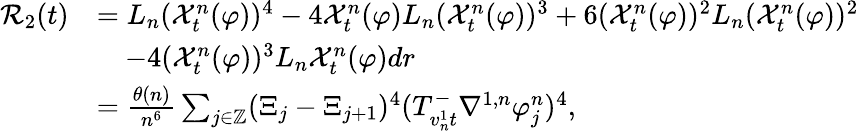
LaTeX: \begin{array}{rl}{\mathcal{R}_{2}(t)}&{=L_{n}(\mathcal{X}_{t}^{n}(\varphi))^{4}-4\mathcal{X}_{t}^{n}(\varphi)L_{n}(\mathcal{X}_{t}^{n}(\varphi))^{3}+6(\mathcal{X}_{t}^{n}(\varphi))^{2}L_{n}(\mathcal{X}_{t}^{n}(\varphi))^{2}}\\ &{\quad-4(\mathcal{X}_{t}^{n}(\varphi))^{3}L_{n}\mathcal{X}_{t}^{n}(\varphi)dr}\\ &{=\frac{\theta(n)}{n^{6}}\sum_{j\in\mathbb{Z}}(\Xi_{j}-\Xi_{j+1})^{4}(T_{v_{n}^{1}t}^{-}\nabla^{1,n}\varphi_{j}^{n})^{4},}\end{array}